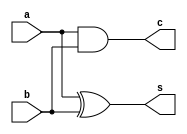
module half_adder(s,c,a,b);
input a,b;
output s,c;

assign #3 s = a^b;
assign #2 c = a&b;

endmodule